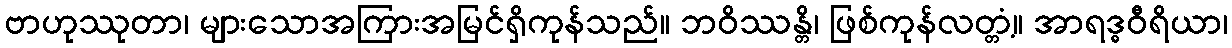
ဗာဟုဿုတာ၊ များသောအကြားအမြင်ရှိကုန်သည်။ ဘဝိဿန္တိ၊ ဖြစ်ကုန်လတ္တံ့။ အာရဒ္ဓဝီရိယာ၊